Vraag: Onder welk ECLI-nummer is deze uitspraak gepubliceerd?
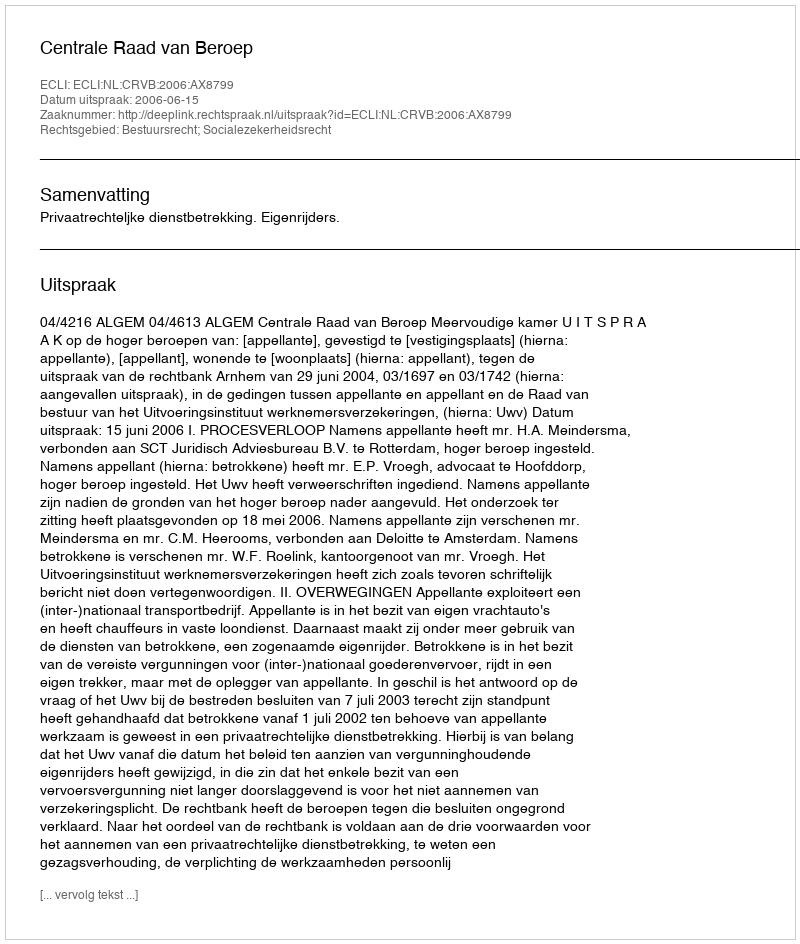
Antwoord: ECLI:NL:CRVB:2006:AX8799